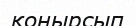
қоңырсып